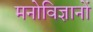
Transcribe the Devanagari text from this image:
मनोविज्ञानों